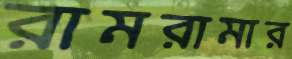
রামরামার